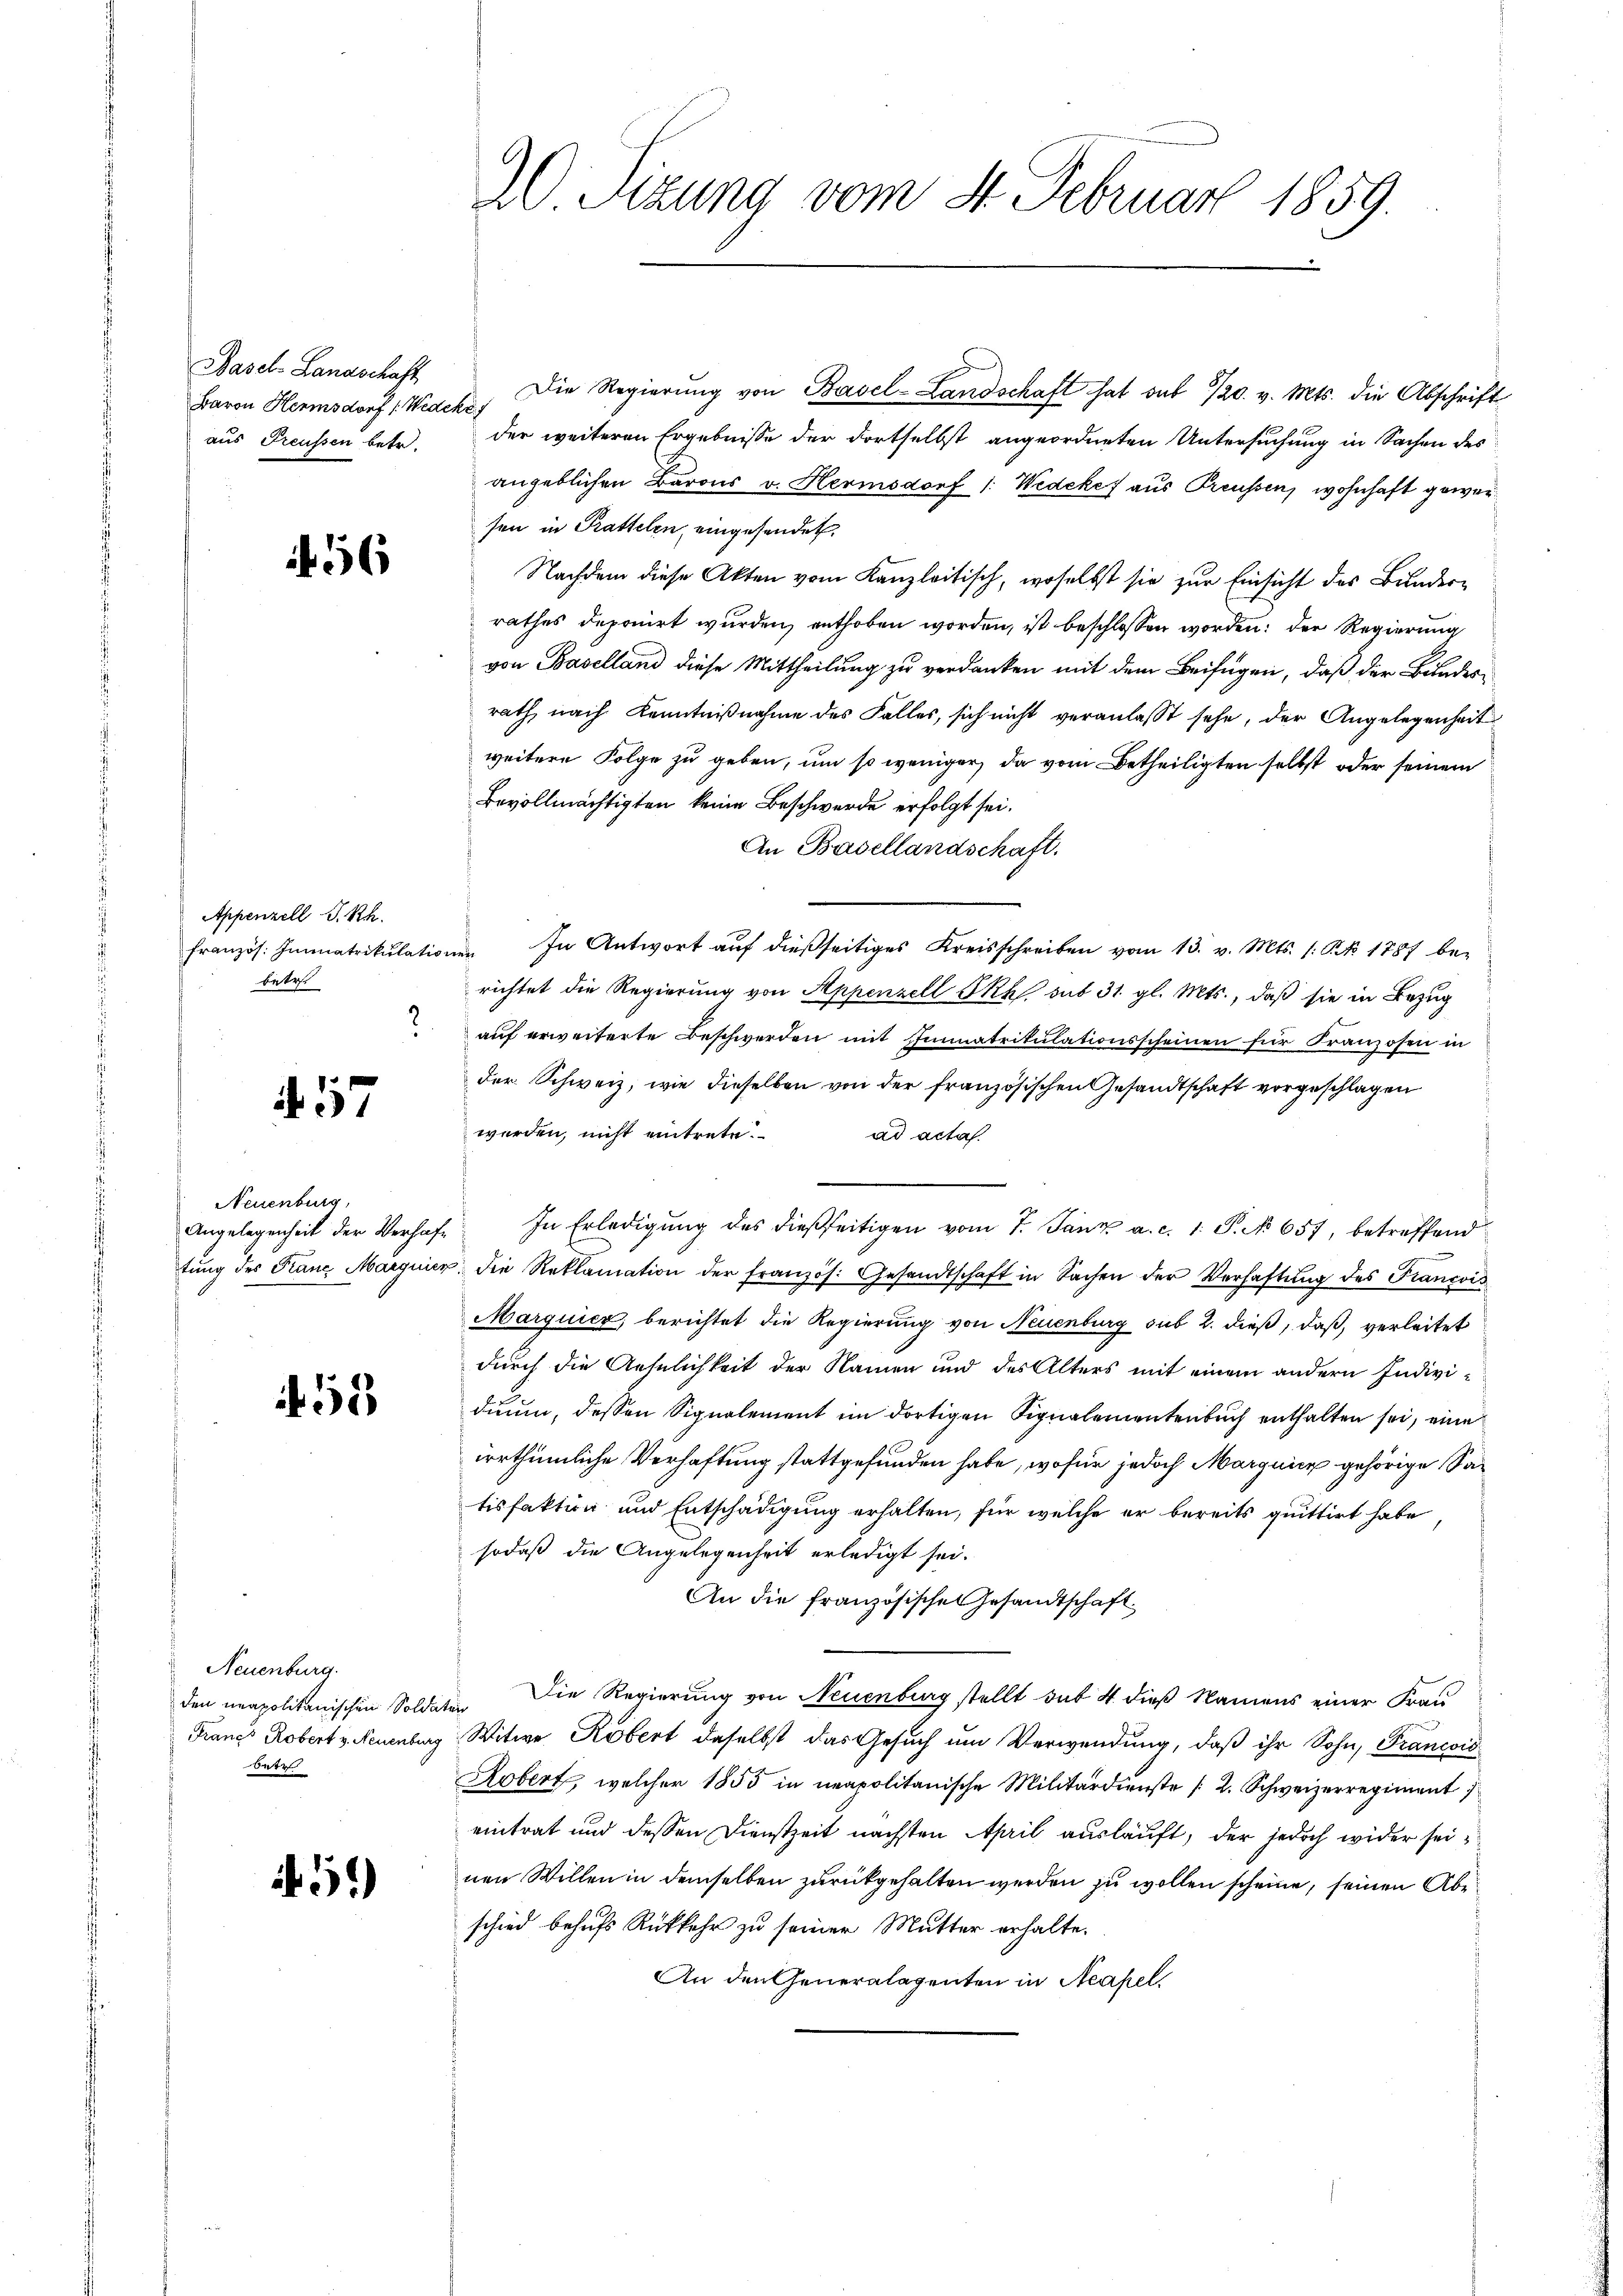
Hasel-Landschaft
Baron Hermsdorf ( Wedekes
aus Preussen betr.

56

Appenzell I.Rh.
französ. Immatrikulati
betr.

N. 117

Neuenburg,
tung des Franz Margrie¬

51

Neuenburg.
den neapolitanischen Sold
Franct Robert v. Neuenburg
betr

51)

W. Sizung vom 4. Februar 1859.

Die Regierŭng von Basel-Landschaft hat sub 320. v. Mts. die Abschrift
der weiteren Ergebnisse der Fortselbst angeordneten Untersuchung in Sachen des
angeblichen Barons v. Hermsdorf 1: Wedekes aus Preussen, wohnhaft gewesen in Prattelen, eingesendet,
Nachdem diese Akten vom Kanzleitisch, woselbst sie zur Einsicht des Bunderrathes deponirt wurden, enthoben worden, ist beschlossen worden; der Regierung
von Baselland diese Mittheilung zu verdanken mit dem Beifügen, daß der Bunderrath, nach Kenntnißnahme des Falles, sich nicht veranlasst sehe, der Angelegenheit
weitere Folge zu geben, um so weniger, da vom Betheiligten selbst oder seinem
Bevollmächtigten keine Beschwerde erfolgt sei.
An Basellandschaft.
nen. In Antwort auf dießseitiges Kreisschreiben vom 13. v. Mts. (: Pk 1787 be-
richtet die Regierung von Appenzell Ikk. sub 31. gl. Mts., daß sie in Bezug
auf erweiterte Beschwerden mit Immatrikulationsscheinen für Franzosen in
der Schweiz, wie dieselben von der französischen Gesandtschaft vorgeschlagen
werden, nicht eintrete.
ad acta.
Angelegenheit der Verhafe. In Erledigŭng des dießseitigen vom 7. Janz a. c. 1. P. No 657, betreffend
u. die Reklamation der französ. Gesandtschaft in Sachen der Verhaftung des Francois
Marquier, berichtet die Regierung von Neuenburg sub 2. dieß, daß, verleitet
durch die Aehnlichkeit der Namen und des Alters mit einem andern Individuum, dessen Signalement im dortigen Signalementenbuch enthalten sei, eine
irrthümliche Verhaftung stattgefunden habe, wofür jedoch Marquicz gehörige Satisfaktion und Entschädigung erhalten, für welche er bereits quittirt habe
sodaß die Angelegenheit erledigt sei.
An die französische Gesandtschaft
 Die Regierung von Neuenburg stellt sub 4 dieß Namens einer Frau
Witwe Robert daselbst das Gesuch um Verwendung, daß ihr Sohn, Francois
Kobert, welcher 1855 in neapolitanische Militärdienste (2. Schweizerregiment
eintrat und dessen Dienstzeit nächsten April ausläuft, der jedoch wider seinen Willen in demselben zurückgehalten werden zu wollen scheine, seinen Abe
schied behufs Rückkehr zu seiner Mutter erhalte.
An den Generalagenten in Neapel